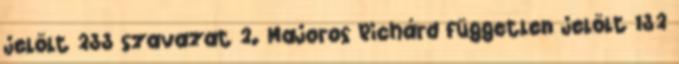
jelölt 233 szavazat 2. Majoros Richárd független jelölt 132